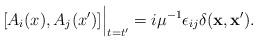
LaTeX: \begin{align*}[A_i(x),A_j(x')]\Big|_{t=t'} = i\mu^{-1} \epsilon_{ij}\delta({\bf x},{\bf x'}).\end{align*}